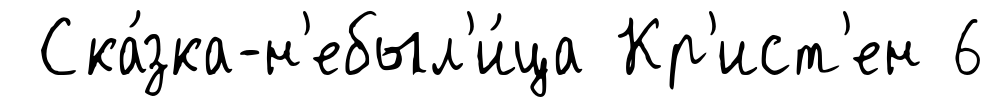
Ска́зка-н'ебыл'и́ца Кр'ист'ен 6